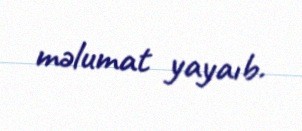
məlumat yayaıb.